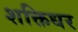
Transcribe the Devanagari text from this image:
शक्तिधर